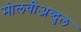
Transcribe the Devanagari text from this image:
मोलवीअब्दुल